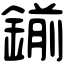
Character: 鎆